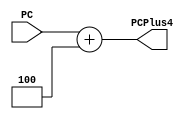
`timescale 1ns / 1ps
//////////////////////////////////////////////////////////////////////////////////
// Company: 
// Engineer: 
// 
// Design Name: 
// Module Name: PCPlus4
// Project Name: 
// Target Devices: 
// Tool Versions: 
// Description: 
// 
// Dependencies: 
// 
// Revision:
// Revision 0.01 - File Created
// Additional Comments:
// 
//////////////////////////////////////////////////////////////////////////////////


module PCPlus4(
input [31:0] PC,
output [31:0] PCPlus4
    );
    
    assign PCPlus4 = PC + 3'b100;
    
endmodule